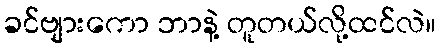
ခင်ဗျားကော ဘာနဲ့ တူတယ်လို့ထင်လဲ။